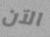
الآن